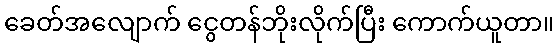
ခေတ်အလျောက် ငွေတန်ဘိုးလိုက်ပြီး ကောက်ယူတာ။